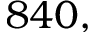
8 4 0 ,